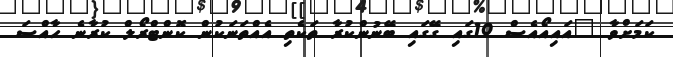
ކަމަށްވާ "އައިއޯއެސް 10ގައި ގޭގައި ބޭނުންކުރާ ތަކެތި އެއްތަނަކުން ކޮންޓްރޯލް ކުރާނެ ހާއްސަ